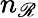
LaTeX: n_{\mathscr{R}}